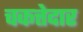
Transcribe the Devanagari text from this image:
चकत्तेदार